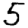
Digit: 5